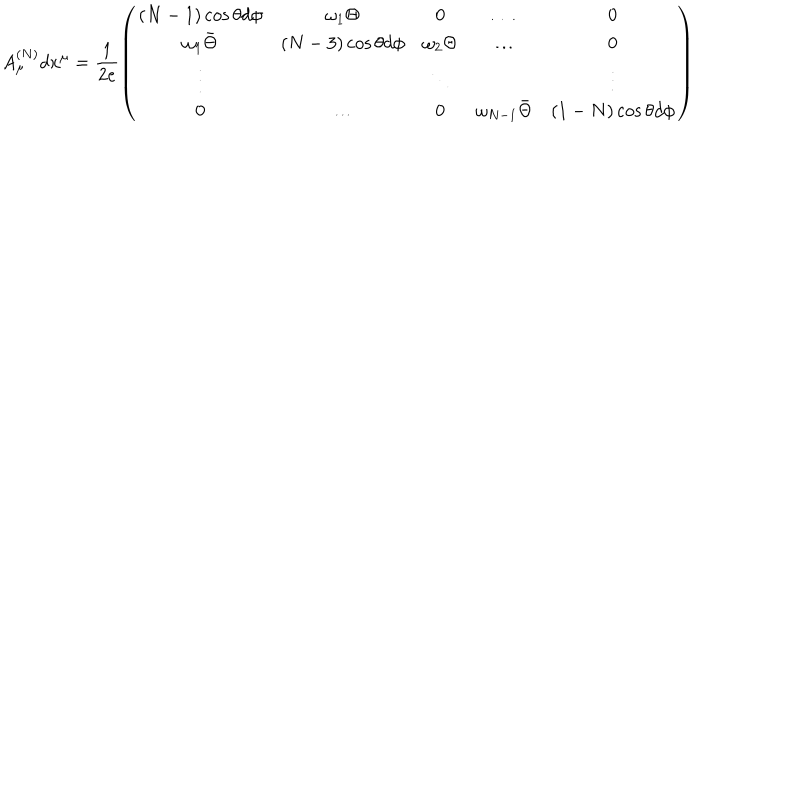
A _ { \mu } ^ { ( N ) } d x ^ { \mu } = \frac { 1 } { 2 e } \left( \begin{array} { c c c c c } { { ( N - 1 ) \cos \theta d \phi } } & { { \omega _ { 1 } \Theta } } & { { 0 } } & { { \ldots } } & { { 0 } } \\ { { \omega _ { 1 } \bar { \Theta } } } & { { ( N - 3 ) \cos \theta d \phi } } & { { \omega _ { 2 } \Theta } } & { { \ldots } } & { { 0 } } \\ { { \vdots } } & { { } } & { { \ddots } } & { { } } & { { \vdots } } \\ { { 0 } } & { { \ldots } } & { { 0 } } & { { \omega _ { N - 1 } \bar { \Theta } } } & { { ( 1 - N ) \cos \theta d \phi } } \\ \end{array} \right)